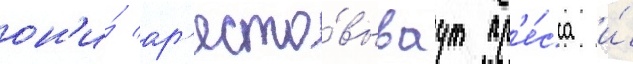
он'и́ ар'есто́вываут пр'е́сса и́